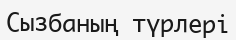
Сызбаның түрлері